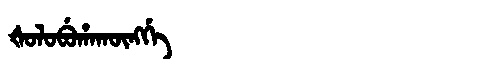
Manchu: ᡧᠣᠯᠣᠪᡠᡥᠠᡴᡡᠩᡤᡝ
Romanization: ŠOLOBUHAKŪNGGE